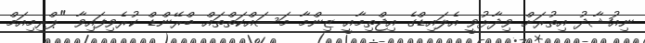
ނިއުޝާދު އިތުރަށް ވިދާޅުވީ އެލައިޑްގެ އިޖްތިމާއީ ޒިންމާ މަސައްކަތްތައް ބްރޭންޑް ކުރެވިފައިވާ "ޕްރިމިއަމް